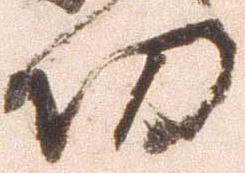
功